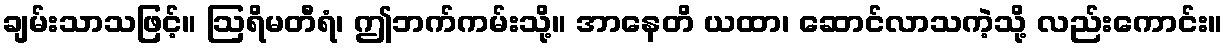
ချမ်းသာသဖြင့်။ ဩရိမတီရံ၊ ဤဘက်ကမ်းသို့။ အာနေတိ ယထာ၊ ဆောင်လာသကဲ့သို့ လည်းကောင်း။